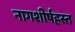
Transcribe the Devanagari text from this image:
नागशीर्षहस्त